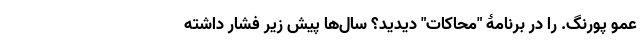
عمو پورنگ. را در برنامۀ "محاکات" دیدید؟ سال‌ها پیش زیر فشار داشته